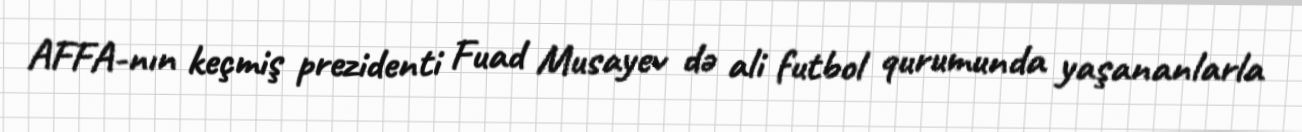
AFFA-nın keçmiş prezidenti Fuad Musayev də ali futbol qurumunda yaşananlarla